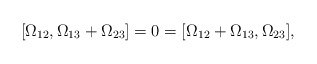
\begin{gather*}[\Omega_{12},\Omega_{13}+\Omega_{23}]=0=[\Omega_{12}+\Omega_{13},\Omega_{23}],\end{gather*}